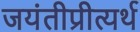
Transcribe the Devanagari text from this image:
जयंतीप्रीत्यर्थ